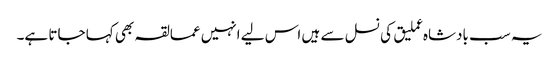
یہ سب بادشاہ عملیق کی نسل سے ہیں اس لیے انہیں عمالقہ بھی کہا جاتا ہے۔